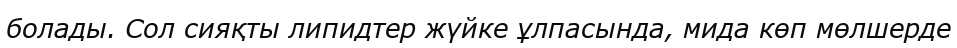
болады. Сол сияқты липидтер жүйке ұлпасында, мида көп мөлшерде